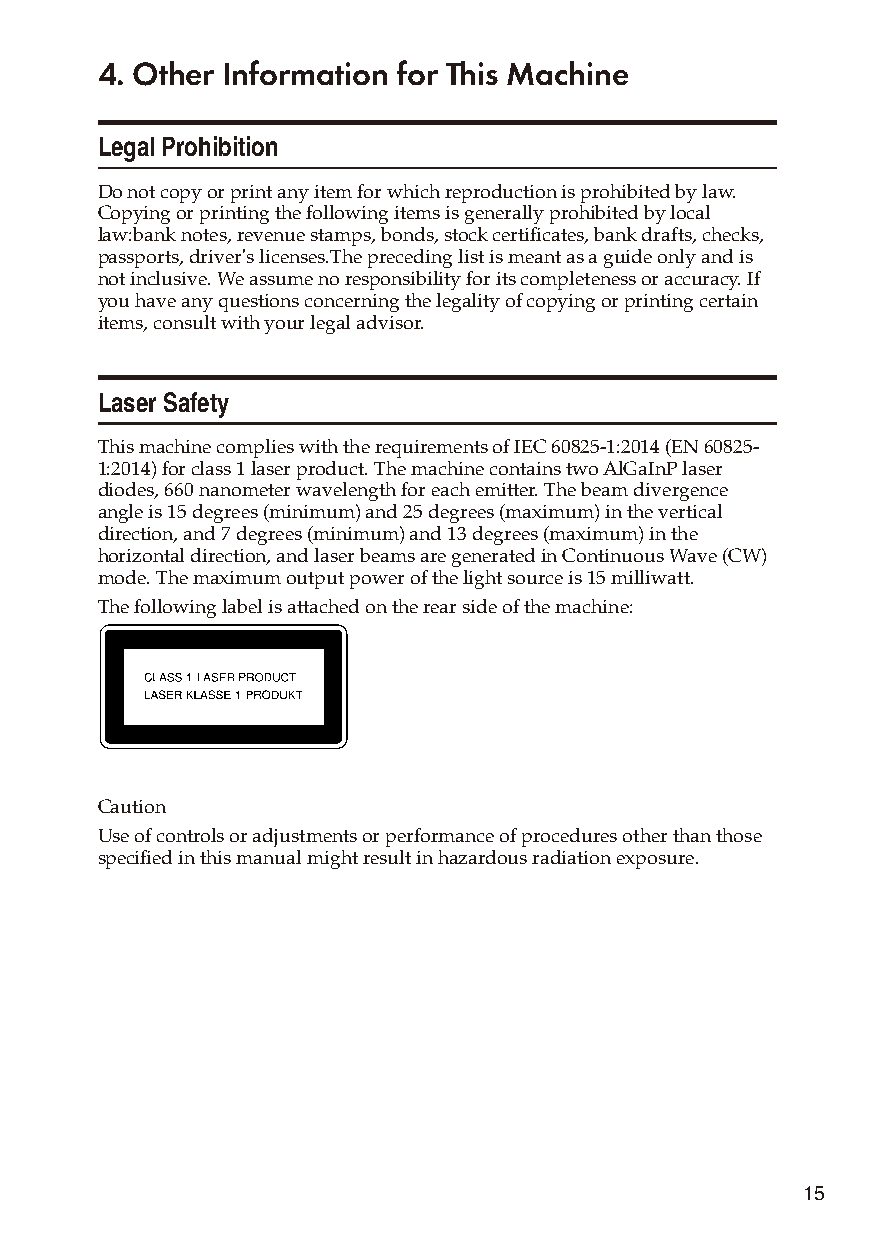
4. Other Information for This Machine
 Legal Prohibition
 Do not copy or print any item for which reproduction is prohibited by law.
 Copying or printing the following items is generally prohibited by local
 law:bank notes, revenue stamps, bonds, stock certificates, bank drafts, checks,
 passports, driver's licenses.The preceding list is meant as a guide only and is
 not inclusive. We assume no responsibility for its completeness or accuracy. If
 you have any questions concerning the legality of copying or printing certain
 items, consult with your legal advisor.
 Laser Safety
 This machine complies with the requirements of IEC 60825-1:2014 (EN 60825-
 1:2014) for class 1 laser product. The machine contains two AlGaInP laser
 diodes, 660 nanometer wavelength for each emitter. The beam divergence
 angle is 15 degrees (minimum) and 25 degrees (maximum) in the vertical
 direction, and 7 degrees (minimum) and 13 degrees (maximum) in the
 horizontal direction, and laser beams are generated in Continuous Wave (CW)
 mode. The maximum output power of the light source is 15 milliwatt.
 The following label is attached on the rear side of the machine:
 Caution
 Use of controls or adjustments or performance of procedures other than those
 specified in this manual might result in hazardous radiation exposure.
 15